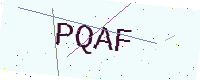
Text: PQAF